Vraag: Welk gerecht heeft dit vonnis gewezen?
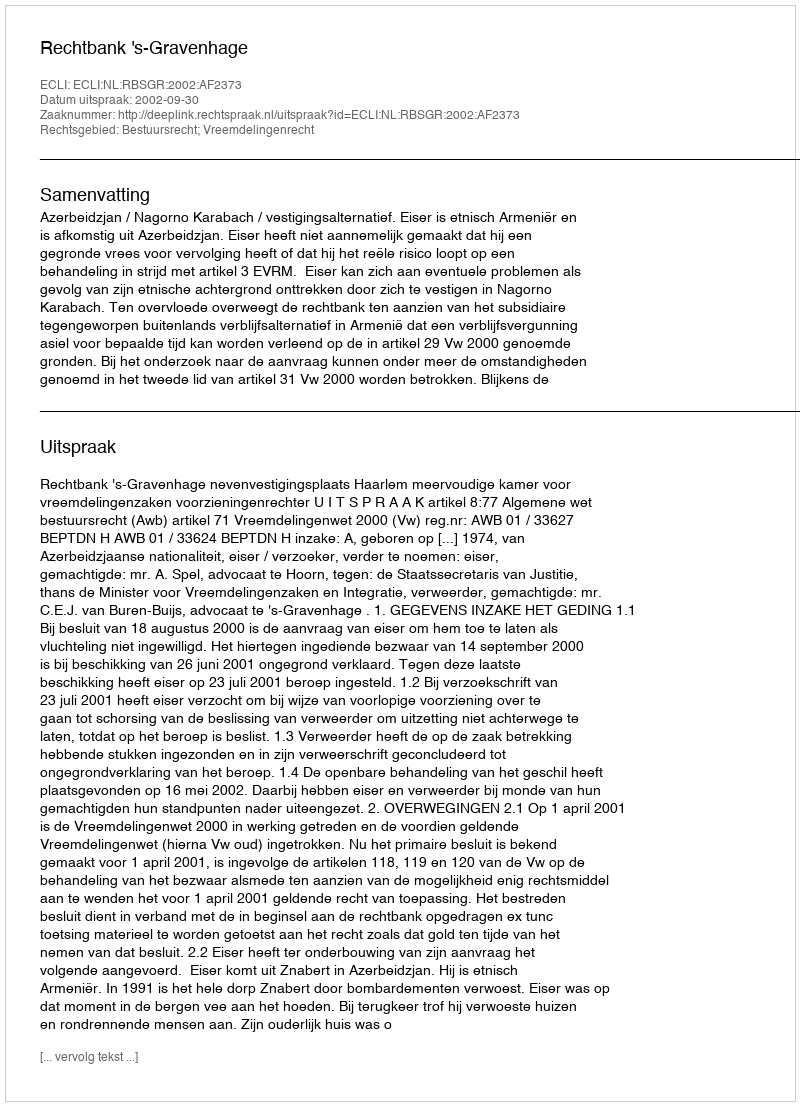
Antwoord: Rechtbank 's-Gravenhage